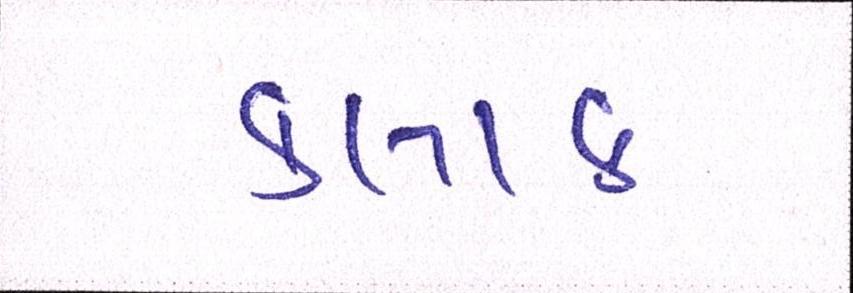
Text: કલાક